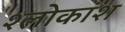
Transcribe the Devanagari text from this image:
श्लोकांश